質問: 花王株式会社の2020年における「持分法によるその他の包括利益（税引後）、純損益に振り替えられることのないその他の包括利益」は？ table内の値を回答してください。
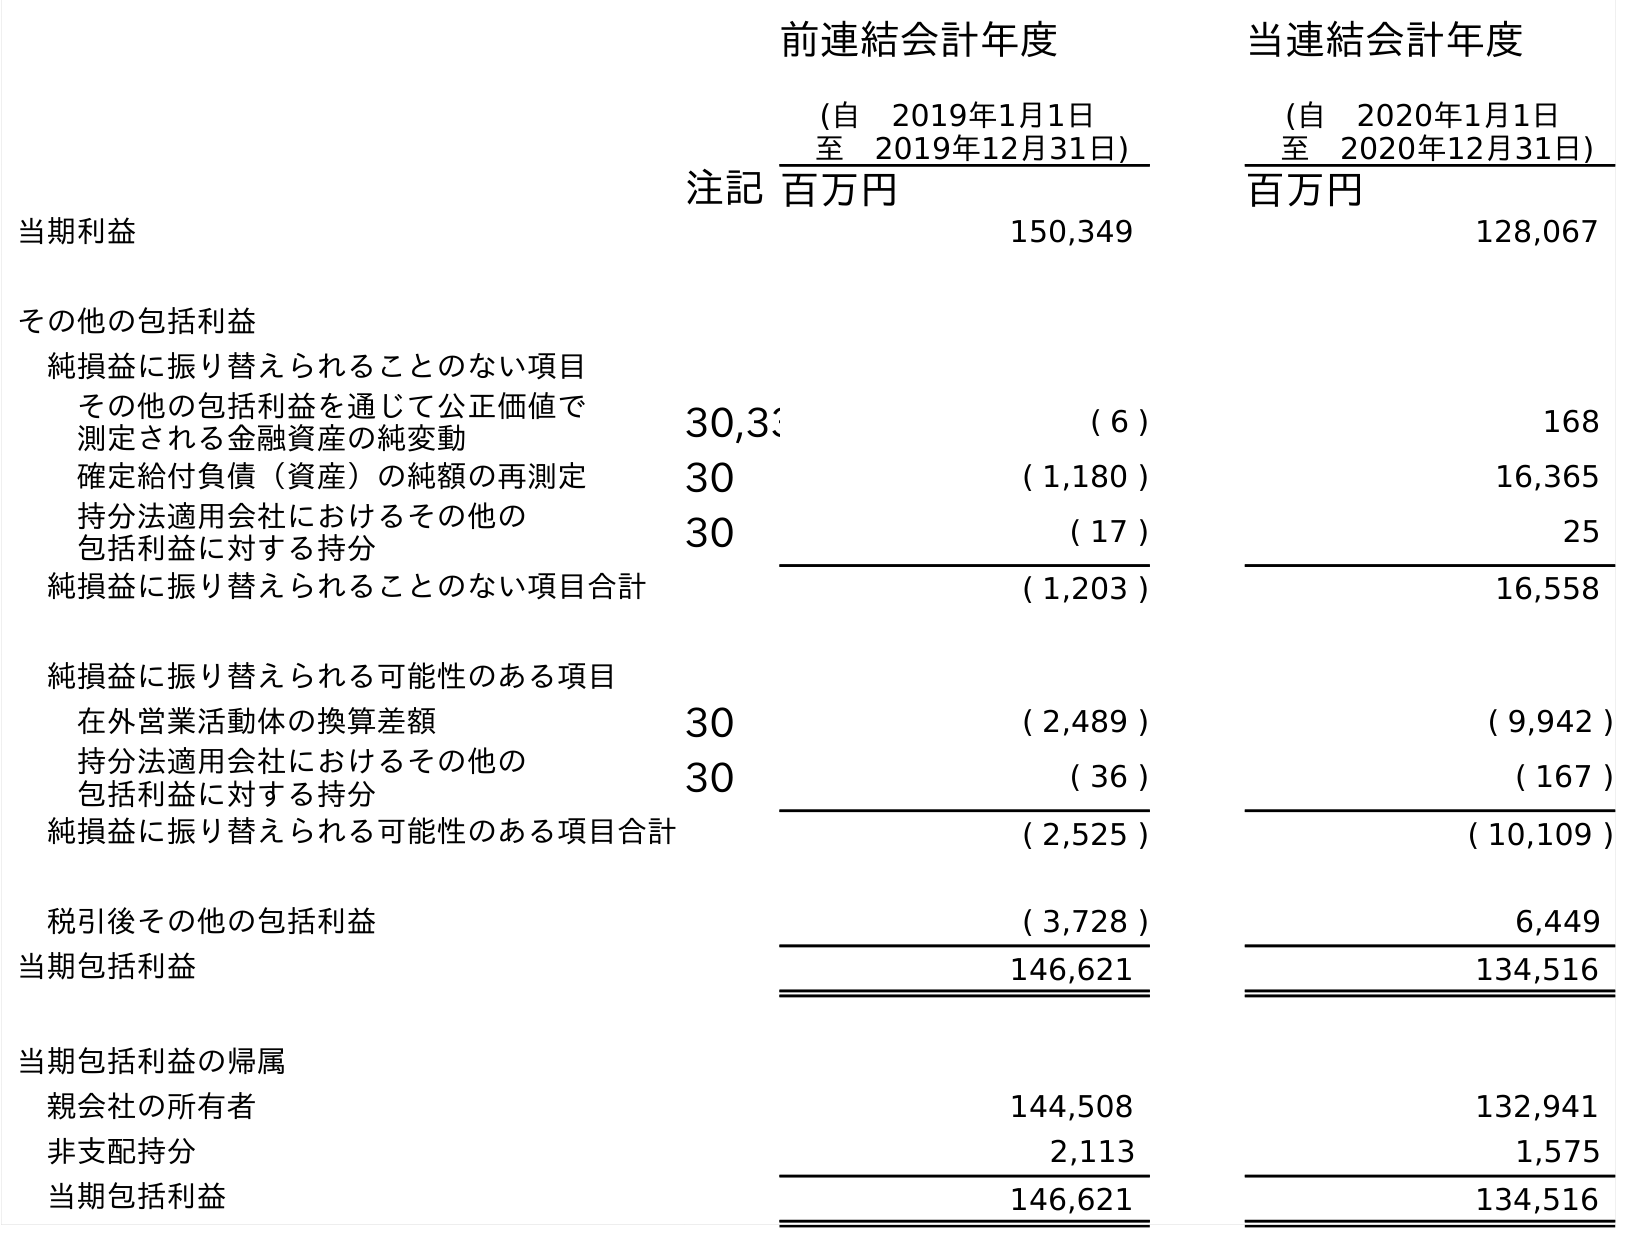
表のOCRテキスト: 前連結会計年度 (自 2019年1月1日 至 2019年12月31日) 当連結会計年度 (自 2020年1月1日 至 2020年12月31日) 注記百万円 百万円 当期利益 150,349 128,067 その他の包括利益 純損益に振り替えられることのない項目 その他の包括利益を通じて公正価値で 測定される金融資産の純変動 30,33 ( 6 ) 168 確定給付負債（資産）の純額の再測定 30 ( 1,180 ) 16,365 持分法適用会社におけるその他の 包括利益に対する持分 30 ( 17 ) 25 純損益に振り替えられることのない項目合計 ( 1,203 ) 16,558 純損益に振り替えられる可能性のある項目 在外営業活動体の換算差額 30 ( 2,489 ) ( 9,942 ) 持分法適用会社におけるその他の 包括利益に対する持分 30 ( 36 ) ( 167 ) 純損益に振り替えられる可能性のある項目合計 ( 2,525 ) ( 10,109 ) 税引後その他の包括利益 ( 3,728 ) 6,449 当期包括利益 146,621 134,516 当期包括利益の帰属 親会社の所有者 144,508 132,941 非支配持分 2,113 1,575 当期包括利益 146,621 134,516
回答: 25